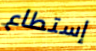
إستطاع